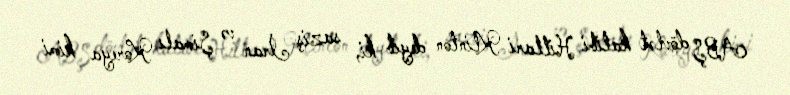
ABŞ dövlət katibi Hillari Klinton deyib ki, saziş İran və Şimalı Koreya kimi